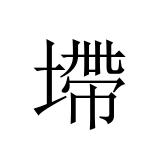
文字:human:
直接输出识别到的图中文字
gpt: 墆